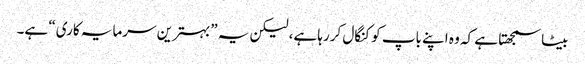
بیٹا سمجھتا ہے کہ وہ اپنے باپ کو کنگال کررہا ہے، لیکن یہ ”بہترین سرمایہ کاری“ ہے۔